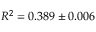
R ^ { 2 } = 0 . 3 8 9 \pm 0 . 0 0 6